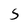
Character: S